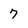
Character: 7